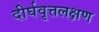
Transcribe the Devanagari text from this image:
दीर्घवृत्तलक्षण